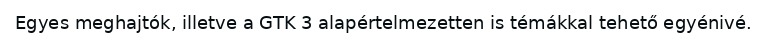
Egyes meghajtók, illetve a GTK 3 alapértelmezetten is témákkal tehető egyénivé.